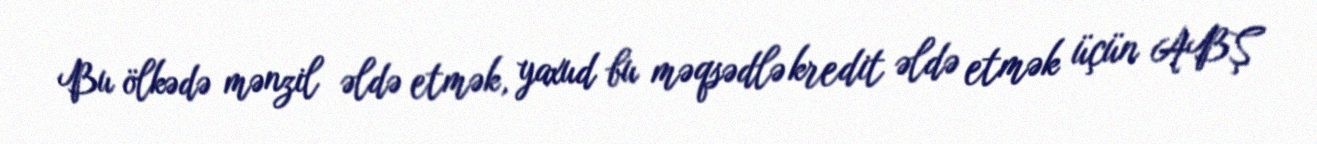
Bu ölkədə mənzil əldə etmək, yaxud bu məqsədlə kredit əldə etmək üçün ABŞ